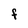
Character: F